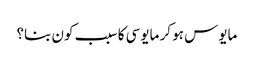
مایوس ہو کر مایوسی کا سبب کون بنا؟